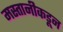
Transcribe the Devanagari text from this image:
मस्तानीकडून